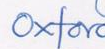
oxford